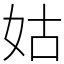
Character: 姑